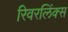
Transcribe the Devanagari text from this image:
रिवरलिंक्स